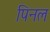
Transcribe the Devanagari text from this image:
पिनल